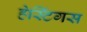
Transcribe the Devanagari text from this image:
हेस्टिंगस